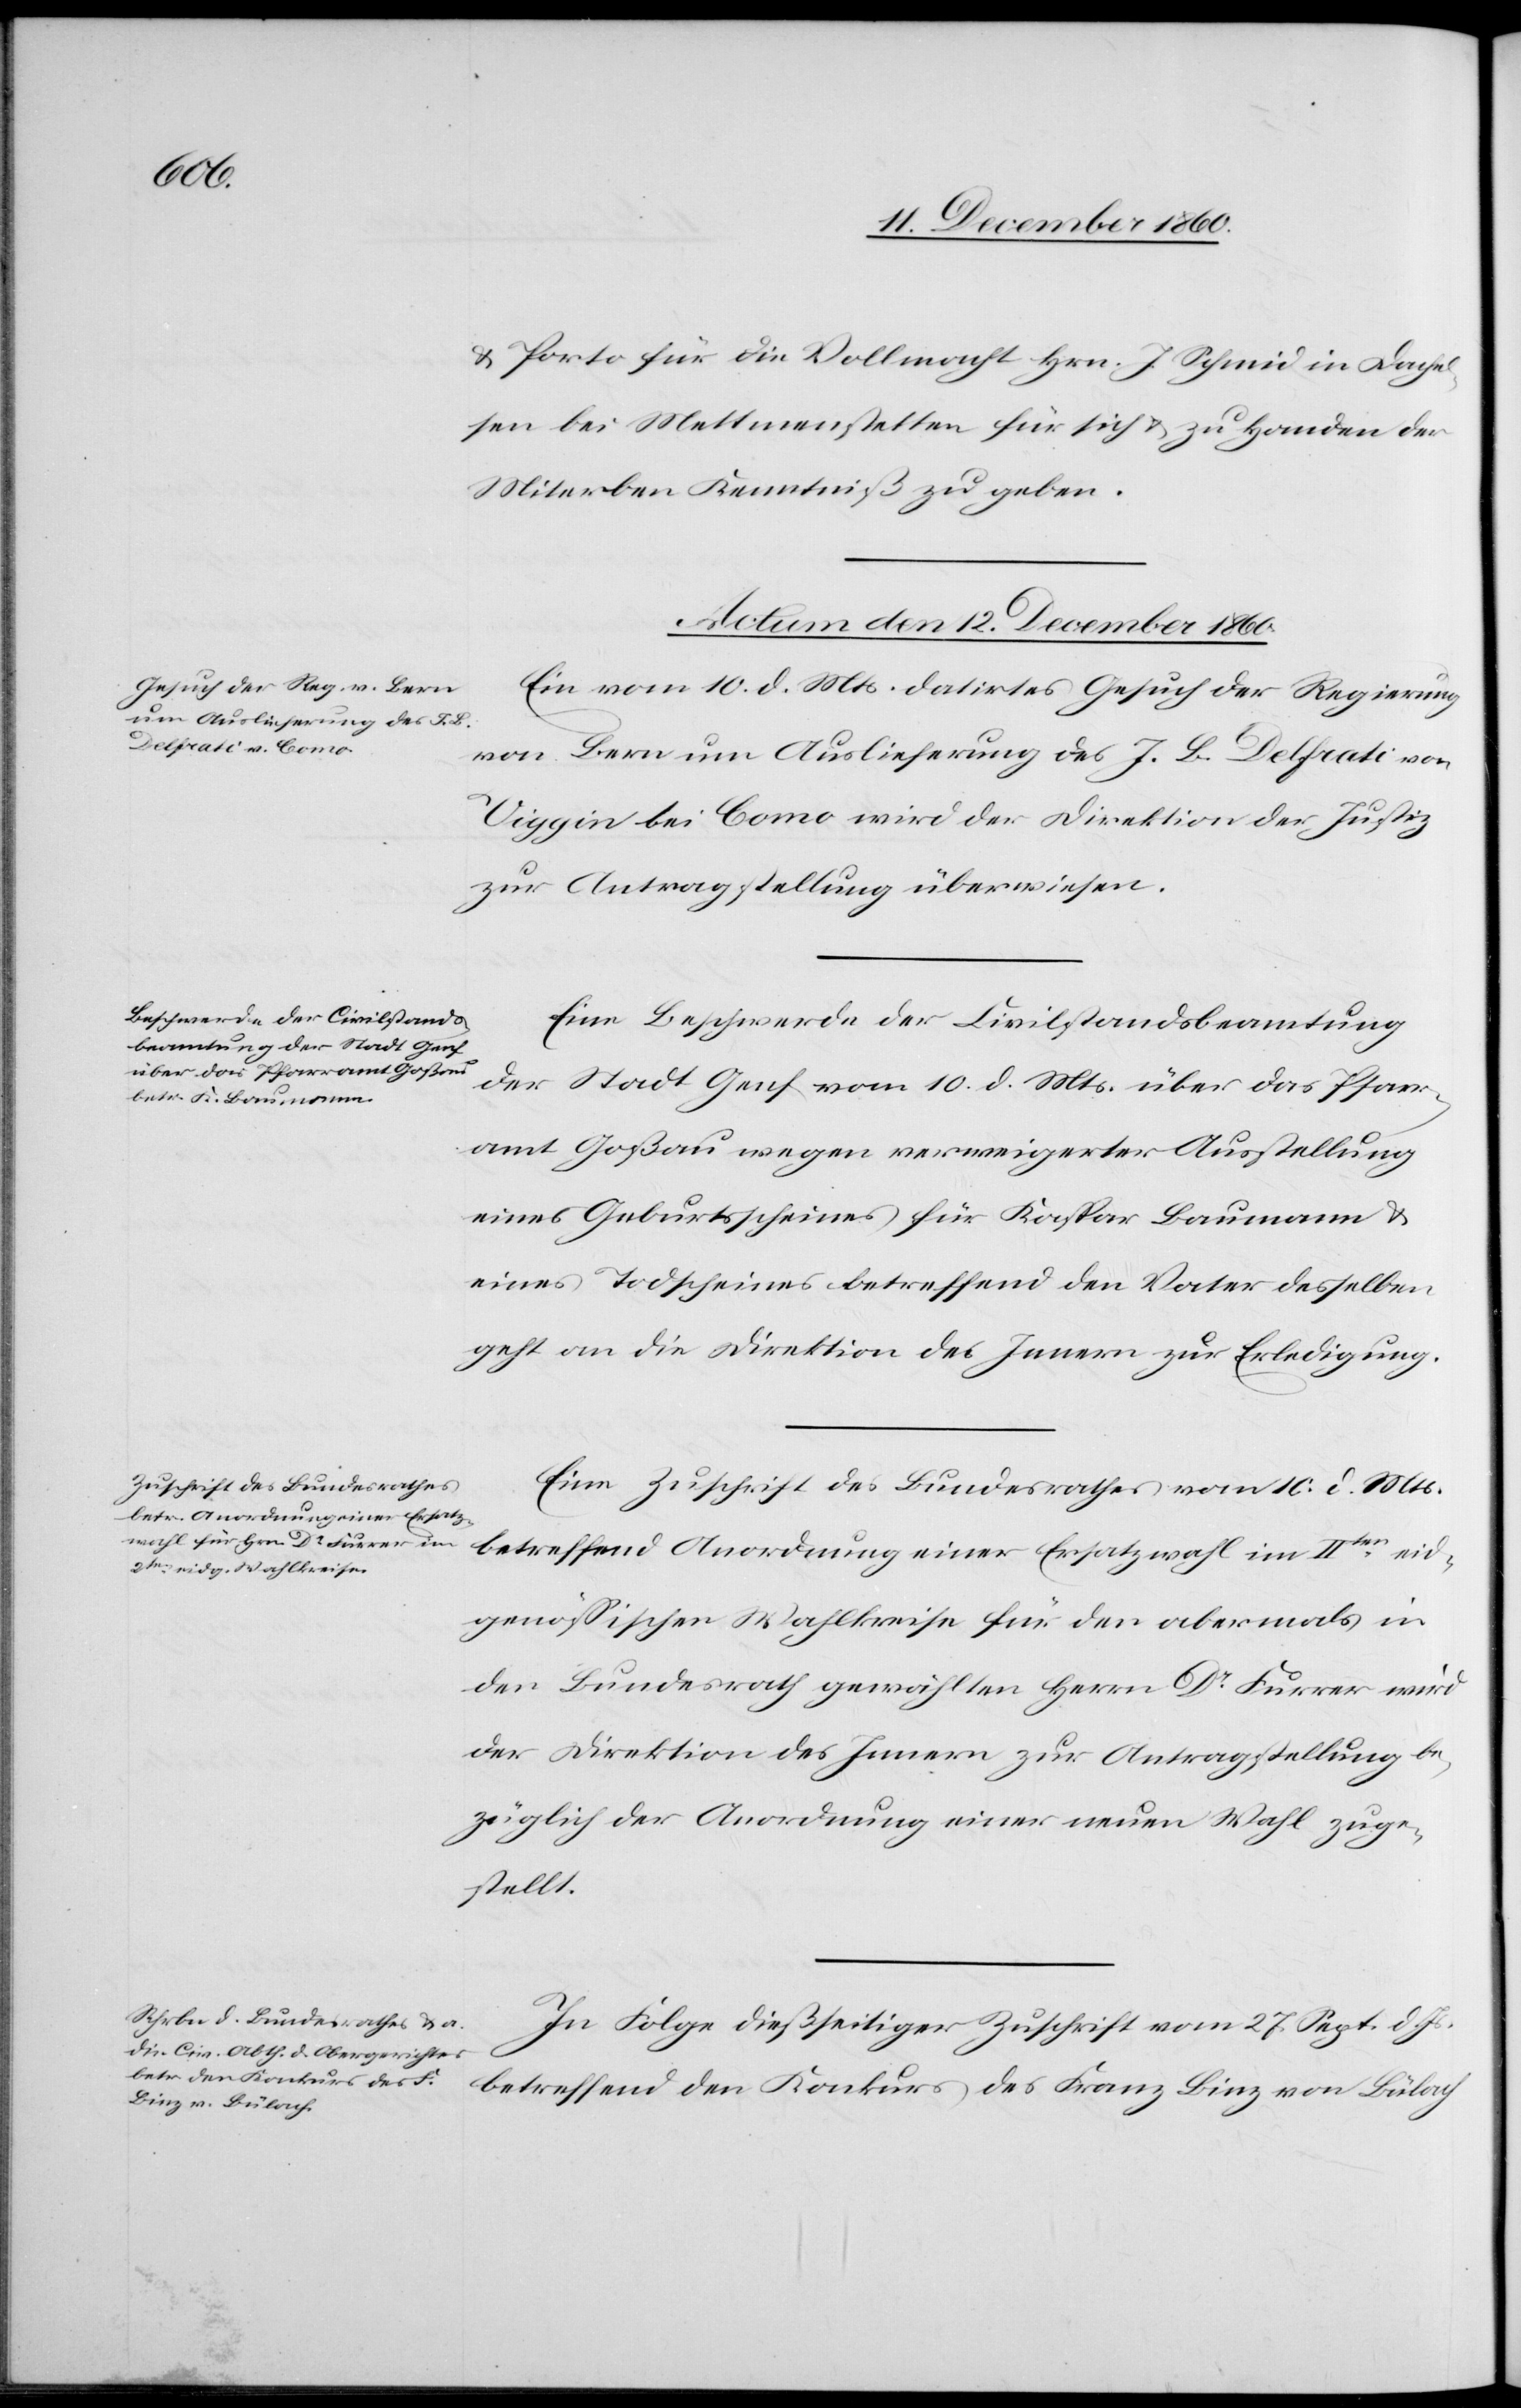
wahl
u. Porto für die Vollmacht Hrn. J. Schmid in Dachel¬
sen bei Mettmenstetten für sich u. zu Handen der
Miterben Kenntniß zu geben.
Actum den 12. December 1860.]
Ein vom 10. d. Mts. datirtes Gesuch der Regierung
von Bern um Auslieferung des J. B. Delfrati von
Viggin bei Como wird der Direktion der Justiz
zur Antragstellung überwiesen.
Eine Beschwerde der Civilstandsbeamtung
der Stadt Genf vom 10. d. Mts. über das Pfarr¬
amt Goßau wegen verweigerter Ausstellung
eines Geburtsscheines für Kaspar Baumann u.
eines Todscheines betreffend den Vater desselben
geht an die Direktion des Innern zur Erledigung.
Eine Zuschrift des Bundesrathes vom 10. d. Mts.
betreffend Anordnung einer Ersatz¬
im IIten eid¬
genössischen Wahlkreise für den abermals in
den Bundesrath gewählten Herrn Dr Furrer wird
der Direktion des Innern zur Antragstellung be¬
züglich der Anordnung einer neuen Wahl zuge¬
stellt.
In Folge dießseitiger Zuschrift vom 27. Sept. d. Js.
betreffend den Konkurs des Franz Binz von Bülach